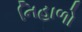
નિહાળો